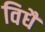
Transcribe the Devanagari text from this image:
विधै